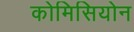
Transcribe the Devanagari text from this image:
कोमिसियोन